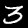
Digit: 3